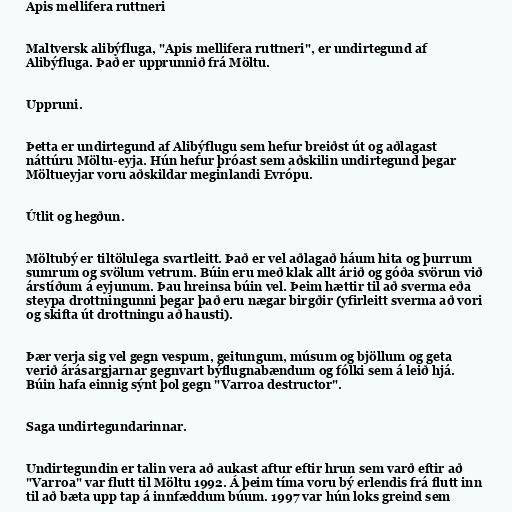
Apis mellifera ruttneri

Maltversk alibýfluga, "Apis mellifera ruttneri", er undirtegund af
Alibýfluga. Það er upprunnið frá Möltu.

Uppruni.

Þetta er undirtegund af Alibýflugu sem hefur breiðst út og aðlagast
náttúru Möltu-eyja. Hún hefur þróast sem aðskilin undirtegund þegar
Möltueyjar voru aðskildar meginlandi Evrópu.

Útlit og hegðun.

Möltubý er tiltölulega svartleitt. Það er vel aðlagað háum hita og þurrum
sumrum og svölum vetrum. Búin eru með klak allt árið og góða svörun við
árstíðum á eyjunum. Þau hreinsa búin vel. Þeim hættir til að sverma eða
steypa drottningunni þegar það eru nægar birgðir (yfirleitt sverma að vori
og skifta út drottningu að hausti).

Þær verja sig vel gegn vespum, geitungum, músum og bjöllum og geta
verið árásargjarnar gegnvart býflugnabændum og fólki sem á leið hjá.
Búin hafa einnig sýnt þol gegn "Varroa destructor".

Saga undirtegundarinnar.

Undirtegundin er talin vera að aukast aftur eftir hrun sem varð eftir að
"Varroa" var flutt til Möltu 1992. Á þeim tíma voru bý erlendis frá flutt inn
til að bæta upp tap á innfæddum búum. 1997 var hún loks greind sem